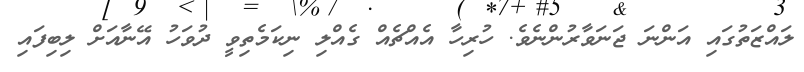
ލައްޒަތުގައި އަންނަ ޖަނަވާރުންނެވެ. ހުރިހާ އެއްޗެއް ގެއްލި ނިކަމެތިވީ ދުވަހު އޭނާއަށް ލިބިފައި